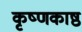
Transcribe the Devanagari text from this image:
कृष्णकाष्ठ